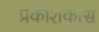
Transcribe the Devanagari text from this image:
प्रकाशकास